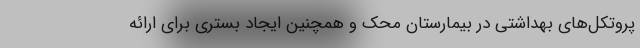
پروتکل‌های بهداشتی در بیمارستان محک و همچنین ایجاد بستری برای ارائه